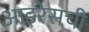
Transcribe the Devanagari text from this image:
आइरेसची